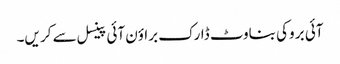
آئی بر وکی بناوٹ ڈارک براؤن آئی پینسل سے کر یں۔